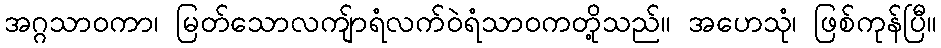
အဂ္ဂသာဝကာ၊ မြတ်သောလကျ်ာရံလက်ဝဲရံသာဝကတို့သည်။ အဟေသုံ၊ ဖြစ်ကုန်ပြီ။